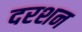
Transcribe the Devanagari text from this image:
दरशन